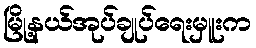
မြို့နယ်အုပ်ချုပ်ရေးမှူးက